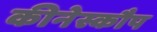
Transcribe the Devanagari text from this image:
कीनेस्कौप